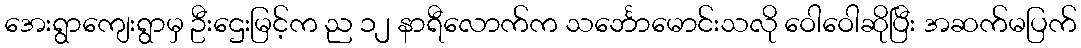
အေးရွာကျေးရွာမှ ဦးဌေးမြင့်က ည ၁၂ နာရီလောက်က သင်္ဘောမောင်းသလို ဝေါဝေါဆိုပြီး အဆက်မပြက်